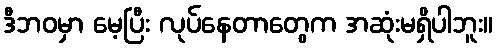
ဒီဘဝမှာ မေ့ပြီး လုပ်နေတာတွေက အဆုံးမရှိပါဘူး။